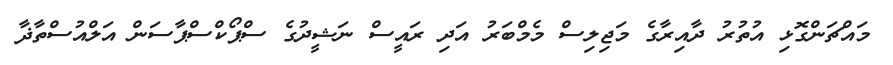
މައްޗަންގޮޅި އުތުރު ދާއިރާގެ މަޖިލިސް މެމްބަރު އަދި ރައީސް ނަޝީދުގެ ސްޕޯކްސްޕާސަން އަލްއުސްތާޛާ